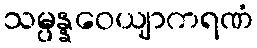
သမ္ပန္နဝေယျာကရဏံ